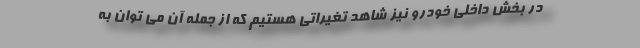
در بخش داخلی خودرو نیز شاهد تغیراتی هستیم که از جمله آن می توان به